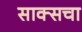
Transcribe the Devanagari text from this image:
साक्सचा